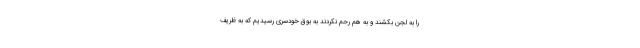
را به لجن بکشند و به هم رحم نکردند به بوق خودسری رسیدیم که به ظریف